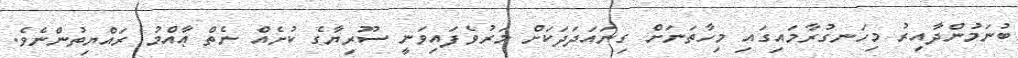
ބުނަމުންދާއިރު މިހަނގުރާމައިގައި މިހާތަނަށް ގިނައަދަދަކަށް މަރުވެފައިވަނީ ސޫރިޔާގެ ކުށެއް ނެތް ޢާއްމު ރައްޔިތުންނެވެ.